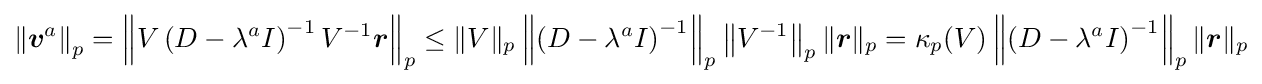
\left\|{\boldsymbol {v}}^{a}\right\|_{p}=\left\|V\left(D-\lambda ^{a}I\right)^{-1}V^{-1}{\boldsymbol {r}}\right\|_{p}\leq \|V\|_{p}\left\|\left(D-\lambda ^{a}I\right)^{-1}\right\|_{p}\left\|V^{-1}\right\|_{p}\|{\boldsymbol {r}}\|_{p}=\kappa _{p}(V)\left\|\left(D-\lambda ^{a}I\right)^{-1}\right\|_{p}\|{\boldsymbol {r}}\|_{p}